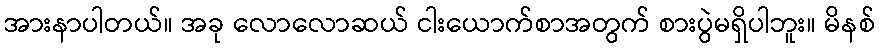
အားနာပါတယ်။ အခု လောလောဆယ် ငါးယောက်စာအတွက် စားပွဲမရှိပါဘူး။ မိနစ်